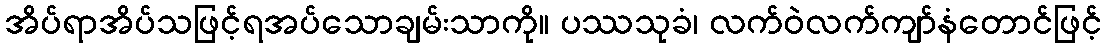
အိပ်ရာအိပ်သဖြင့်ရအပ်သောချမ်းသာကို။ ပဿသုခံ၊ လက်ဝဲလက်ကျာ်နံတောင်ဖြင့်